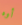
أوه